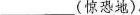
_________(惊恐地).